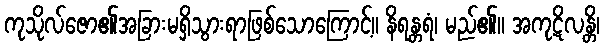
ကုသိုလ်ဇော၏အခြားမရှိသွားရာဖြစ်သောကြောင့်။ နိရန္တရံ၊ မည်၏။ အကုဋိလန္တိ၊